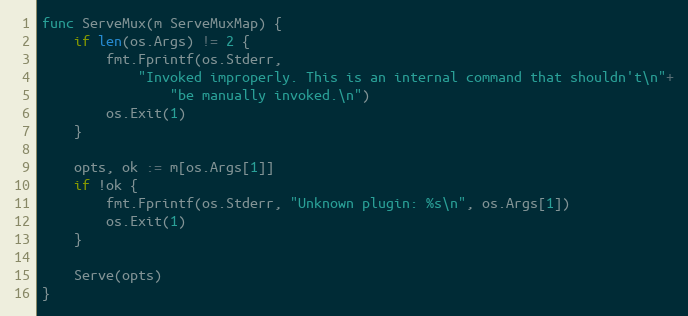
Language: Go
func ServeMux(m ServeMuxMap) {
	if len(os.Args) != 2 {
		fmt.Fprintf(os.Stderr,
			"Invoked improperly. This is an internal command that shouldn't\n"+
				"be manually invoked.\n")
		os.Exit(1)
	}

	opts, ok := m[os.Args[1]]
	if !ok {
		fmt.Fprintf(os.Stderr, "Unknown plugin: %s\n", os.Args[1])
		os.Exit(1)
	}

	Serve(opts)
}